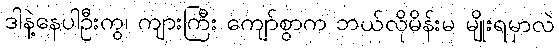
ဒါနဲ့နေပါဦးကွ၊ ကျားကြီး ကျော်စွာက ဘယ်လိုမိန်းမ မျိုးရမှာလဲ